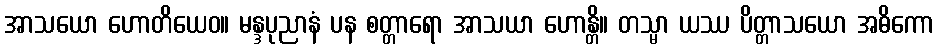
အာသယော ဟောတိယေဝ။ မန္ဒပုညာနံ ပန စတ္တာရော အာသယာ ဟောန္တိ။ တသ္မာ ယဿ ပိတ္တာသယော အဓိကော